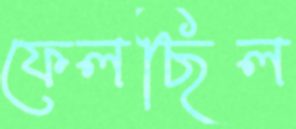
ফেলছিল